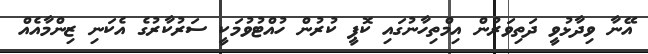
އޭނާ ވިދާޅުވީ ދަތިވަރުން އިމްތިހާނުގައި ކޮޕީ ކުރުން ހުއްޓުވުމަކީ ސަރުކާރުގެ އެކަނި ޒިންމާއެއް